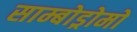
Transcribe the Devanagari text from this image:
साम्बोड्रोमो